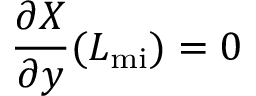
\frac { \partial { X } } { \partial { y } } ( L _ { \mathrm { m i } } ) = 0